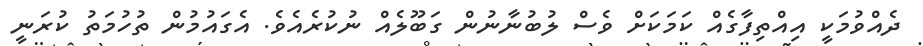
ދެއްވުމަކީ އިއްތިފާގެއް ކަމަކަށް ވެސް ލުބުނާނުން ގަބޫލެއް ނުކުރެއެވެ. އެގައުމުން ތުހުމަތު ކުރަނީ